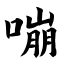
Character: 嘣